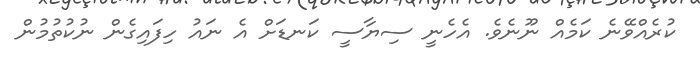
ކުރެއްވޭނެ ކަމެއް ނޫނެވެ. އެެހެނީ ސިޔާސީ ކަނޑަށް އެ ނައު ހިފައިގެން ނުކުތުމުން